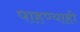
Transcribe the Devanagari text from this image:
पाहण्याही